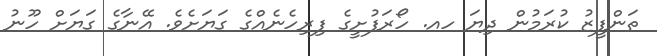
ތަންފީޒު ކުރަމުން ދިޔަ ހއ. ހޯރަފުށީގެ ފިރިހެނެއްގެ ގަޔަށެވެ. އޭނާގެ ގަޔަށް ހޫނު